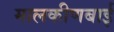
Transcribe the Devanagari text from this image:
मालकीणबाई